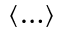
\left\langle \ldots \right\rangle